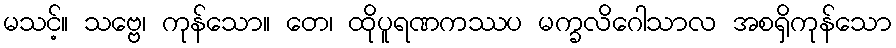
မသင့်။ သဗ္ဗေ၊ ကုန်သော။ တေ၊ ထိုပူရဏကဿပ မက္ခလိဂေါသာလ အစရှိကုန်သော